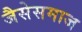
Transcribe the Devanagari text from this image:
जैसेसमाज